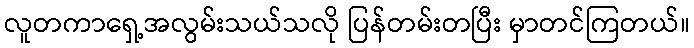
လူတကာရှေ့အလွမ်းသယ်သလို ပြန်တမ်းတပြီး မှာတင်ကြတယ်။